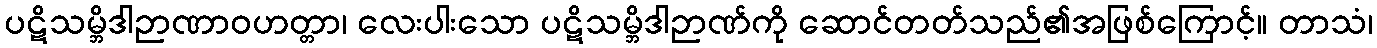
ပဋိသမ္ဘိဒါဉာဏာဝဟတ္တာ၊ လေးပါးသော ပဋိသမ္ဘိဒါဉာဏ်ကို ဆောင်တတ်သည်၏အဖြစ်ကြောင့်။ တာသံ၊